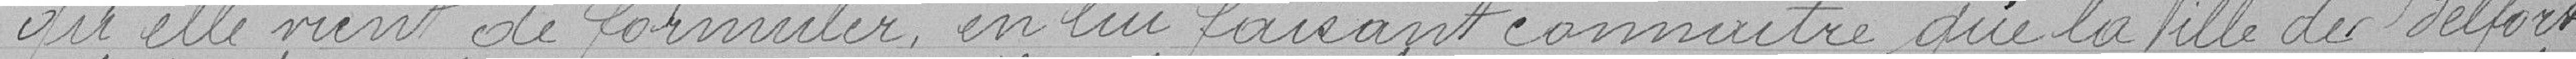
qu'elle vient de formuler en lui faisant connaître que la Ville de Belfort